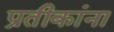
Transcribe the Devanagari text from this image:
प्रतीकांना